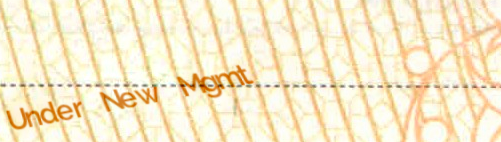
Under New Mgmt